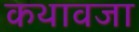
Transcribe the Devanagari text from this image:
कथावजा